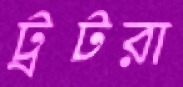
ট্রটরা